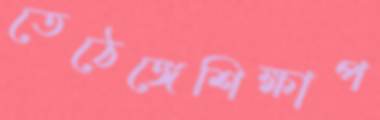
তেঠেঙ্গেশিক্ষাপ